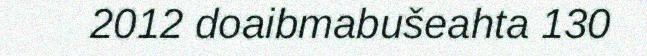
2012 doaibmabušeahta 130